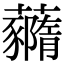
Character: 𧄙